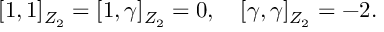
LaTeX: \lbrack 1 , 1 \rbrack _ { Z _ { 2 } } = \lbrack 1 , \gamma \rbrack _ { Z _ { 2 } } = 0 , \quad \lbrack \gamma , \gamma \rbrack _ { Z _ { 2 } } = - 2 .